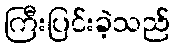
ကြီးပြင်းခဲ့သည်